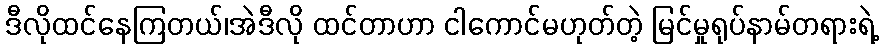
ဒီလိုထင်နေကြတယ်၊အဲဒီလို ထင်တာဟာ ငါကောင်မဟုတ်တဲ့ မြင်မှုရုပ်နာမ်တရားရဲ့